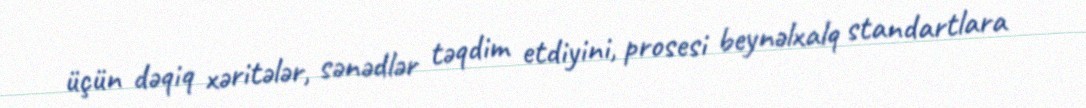
üçün dəqiq xəritələr, sənədlər təqdim etdiyini, prosesi beynəlxalq standartlara